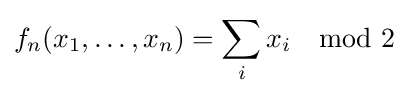
f_{n}(x_{1},\dots ,x_{n})=\sum _{i}x_{i}\mod 2